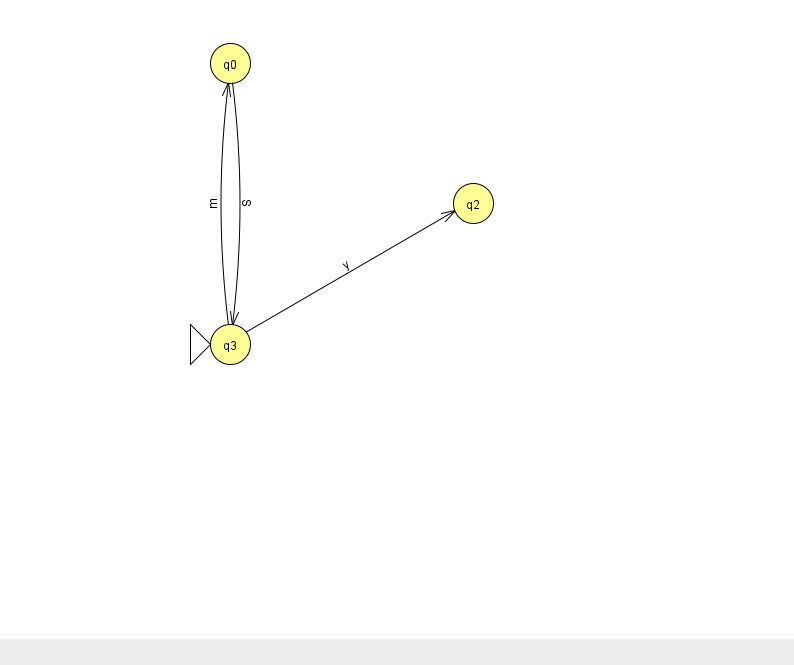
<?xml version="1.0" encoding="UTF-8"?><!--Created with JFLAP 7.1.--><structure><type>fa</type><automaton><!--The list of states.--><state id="0" name="q0"><x>230.0</x><y>50.0</y></state><state id="2" name="q2"><x>473.0</x><y>190.0</y></state><state id="3" name="q3"><x>230.0</x><y>331.0</y><initial/></state><!--The list of transitions.--><transition><from>0</from><to>3</to><read>S</read></transition><transition><from>3</from><to>2</to><read>y</read></transition><transition><from>3</from><to>0</to><read>m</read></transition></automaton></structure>